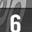
Digit: 6